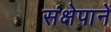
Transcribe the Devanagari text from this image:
संक्षेपानें